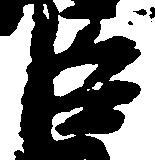
臣